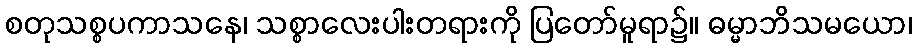
စတုသစ္စပကာသနေ၊ သစ္စာလေးပါးတရားကို ပြတော်မူရာ၌။ ဓမ္မာဘိသမယော၊